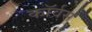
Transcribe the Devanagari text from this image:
कॉर्वस